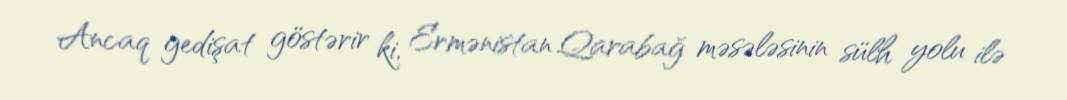
Ancaq gedişat göstərir ki, Ermənistan Qarabağ məsələsinin sülh yolu ilə